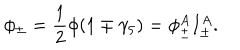
\phi _ { \pm } = \frac 1 2 \phi ( 1 \mp \gamma _ { 5 } ) = \phi _ { \pm } ^ { A } I _ { \pm } ^ { A } .